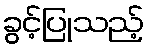
ခွင့်ပြုသည့်